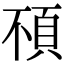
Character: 𩑢